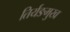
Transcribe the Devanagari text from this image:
तिर्यङमुख